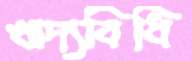
খাদ্যবিধি